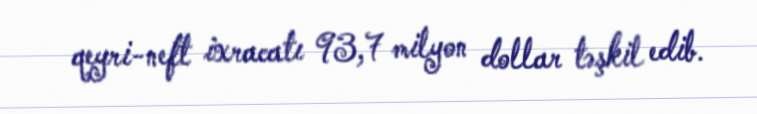
qeyri-neft ixracatı 93,7 milyon dollar təşkil edib.